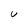
Character: U